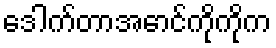
ဒေါက်တာအောင်ကိုကိုက